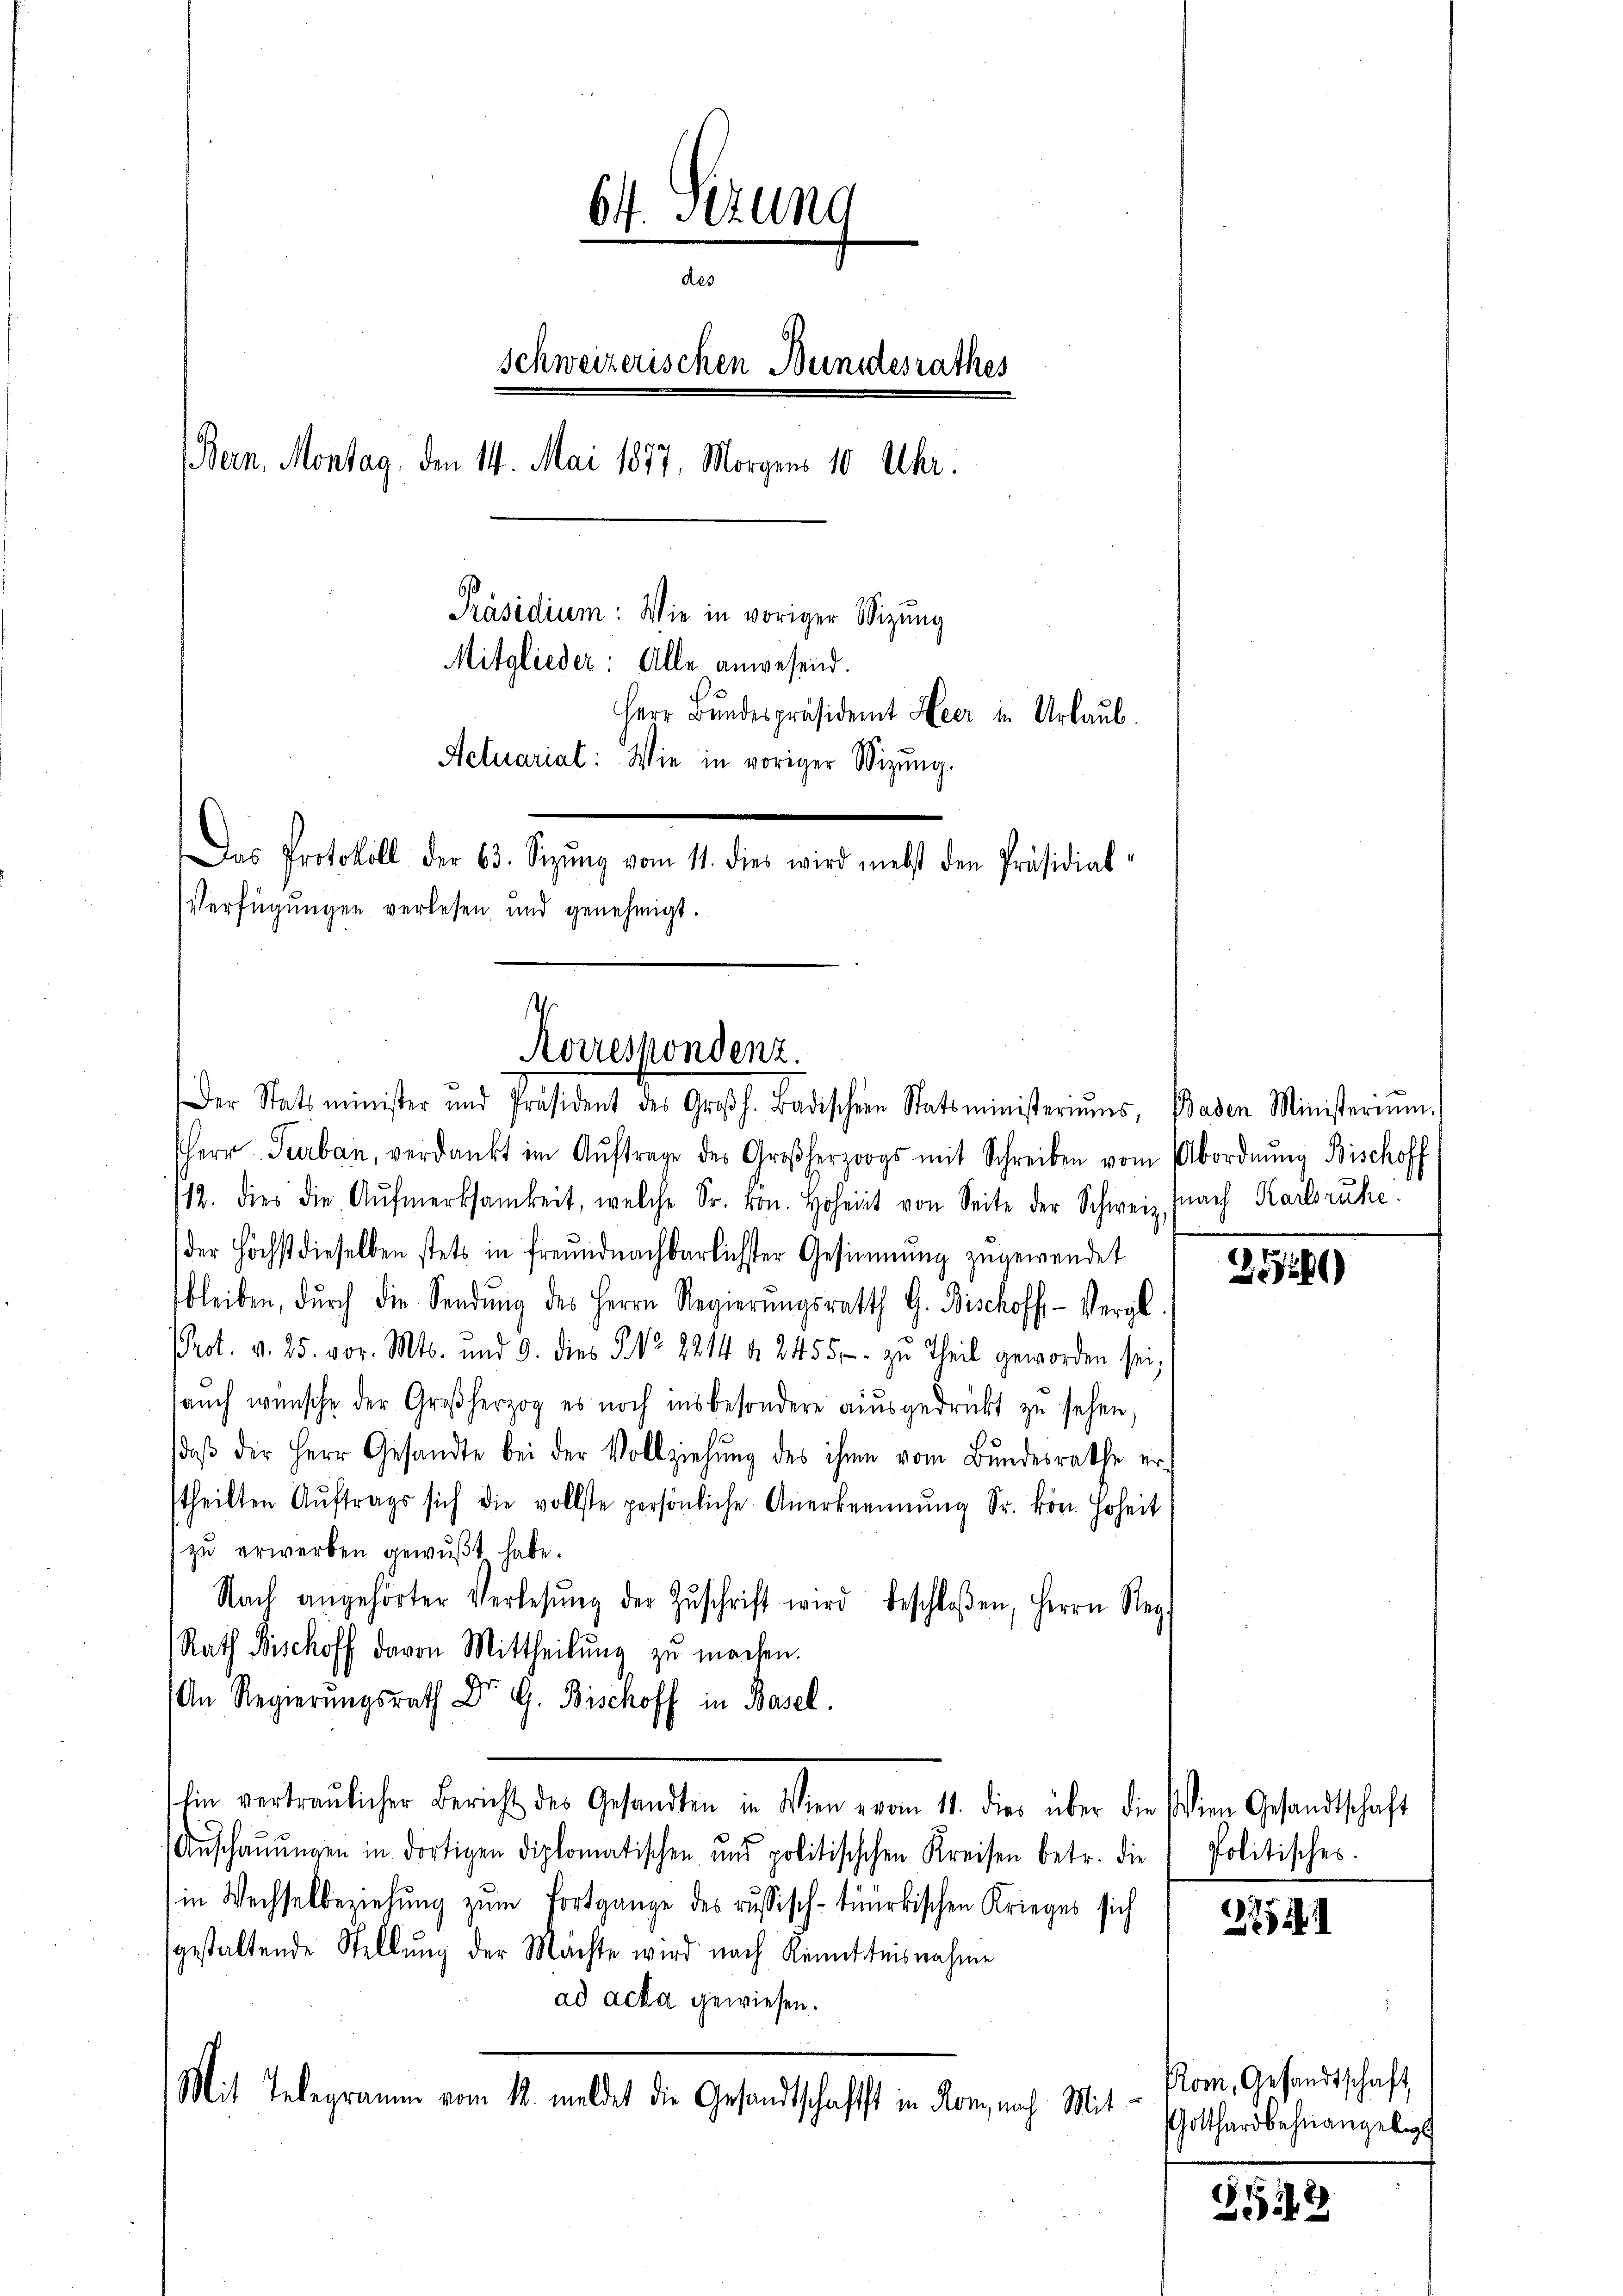
64. Sizung
des
schweizerischen Bundesrathes
Bern, Montag, den 14. Mai 1877. Morgens 10 Uhr.
Präsidium: Wie in voriger Wizung
Mitglieder: Alle anwesend.
Herr Bundespräsident Heer in Urlaub.
Actuariat: Wie in voriger Wizŭng.
Das Protokoll der 63. Sizŭng vom 11. dies wird nebst den Präsidial-
Verfügungen verlesen, und genehmigt.

Korrespondenz.
Der Statsminister und Präsident des Großh. Badischen Statsministeriums, Baden Ministerium.

herr Turban, verdankt im Aŭftrage des Großherzogs mit Schreiben vom Abordnŭng Bischoff
12. dies die Aŭfmerksamkeit, welche Sr. kon. Hoheit von Seite der Schweiz, nach Karlsruhe.
der Höchst dieselben stets in freundnachbarlichster Gesinnung zugewendet
bleiben, durch die Sendung des Herrn Regierungsrath G. Bischoff- Vergl
Prot. v. 25. vor. Mts. und 9. dies P. Nr. 2214 d. 2455 - zu Theil geworden sei,
sauch wünsche der Großherzog es noch insbesondere ausgedrückt zu sehen,
daβ der Herr Gesandte bei der Vollziehŭng des ihme vom Bundesrathe er-
theilten Aŭftrags sich die vollste persönliche Anerkennung Sr. kön. Hoheit
zu erwerben gewußt habe.
Nach angehörter Verlesung der Zŭschrift wird beschloßen, Herrn Reg
Rath Bischoff davon Mittheilung zu machen.
An Regierungsrath Dr G. Bischoff in Basel.
lin vertraulicher Bericht des Gesandten in Wien vom 11. dies über die dien Gesandtschaft
Anschaŭŭngen in dortigen diplomatischen und politischchen Kreisen betr. die
in Wechselbeziehung zum Fortgange des russisch-tuürkischen Krieges sich
gestaltende Stellung der Machte wird nach Kenntnisnahme
ad acta gewiesen.
Mit Telegramm vom 12. meldet die Gesandtschaftst in Korn, nach Mit-

.
3)

Politisches.

2754

Rom, Gesandtschaft
Gotthardbahnangelegt

252